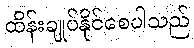
ထိန်းချုပ်နိုင်စေပါသည်